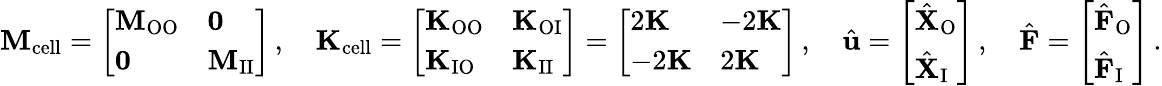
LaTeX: \mathbf{M}_{\mathrm{cell}}=\left[\begin{array}{ll}{\mathbf{M}_{\mathrm{OO}}}&{\mathbf{0}}\\ {\mathbf{0}}&{\mathbf{M}_{\mathrm{II}}}\end{array}\right]\, ,\quad\mathbf{K}_{\mathrm{cell}}=\left[\begin{array}{ll}{\mathbf{K}_{\mathrm{OO}}}&{\mathbf{K}_{\mathrm{OI}}}\\ {\mathbf{K}_{\mathrm{IO}}}&{\mathbf{K}_{\mathrm{II}}}\end{array}\right]=\left[\begin{array}{ll}{2\mathbf{K}}&{-2\mathbf{K}}\\ {-2\mathbf{K}}&{2\mathbf{K}}\end{array}\right]\, ,\quad\hat{\mathbf{u}}=\left[\begin{array}{l}{\hat{\mathbf{X}}_{\mathrm{O}}}\\ {\hat{\mathbf{X}}_{\mathrm{I}}}\end{array}\right]\, ,\quad\hat{\mathbf{F}}=\left[\begin{array}{l}{\hat{\mathbf{F}}_{\mathrm{O}}}\\ {\hat{\mathbf{F}}_{\mathrm{I}}}\end{array}\right]\, .